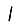
Digit: 1